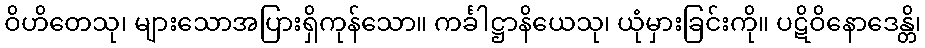
ဝိဟိတေသု၊ များသောအပြားရှိကုန်သော။ ကင်္ခါဋ္ဌာနိယေသု၊ ယုံမှားခြင်းကို။ ပဋိဝိနောဒေန္တိ၊